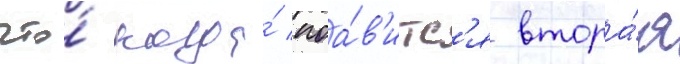
что́ когда́ поа́в'итс'я втора́я